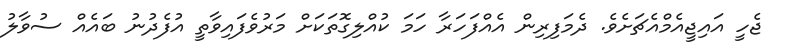
ޖެހީ އައިޖީއެމްއެޗަށެވެ. ދެމަފިރިން އެއްފަހަރާ ހަމަ ކުއްލިގޮތަކަށް މަރުވެފައިވާތީ އުފެދުނު ބައެއް ސުވާލު